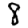
Digit: 8